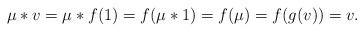
LaTeX: \begin{align*} \mu\ast v = \mu\ast f(1) = f(\mu\ast1) = f(\mu) = f(g(v)) = v.\end{align*}